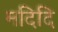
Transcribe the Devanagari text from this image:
मदिदि